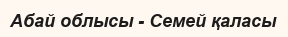
Абай облысы - Семей қаласы